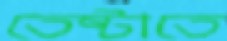
তেষ্টাতে